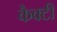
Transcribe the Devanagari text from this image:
कैक्टी